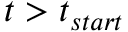
t > t _ { s t a r t }